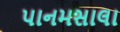
પાનમસાલા